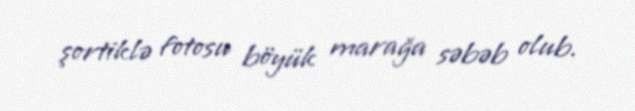
şortiklə fotosu böyük marağa səbəb olub.